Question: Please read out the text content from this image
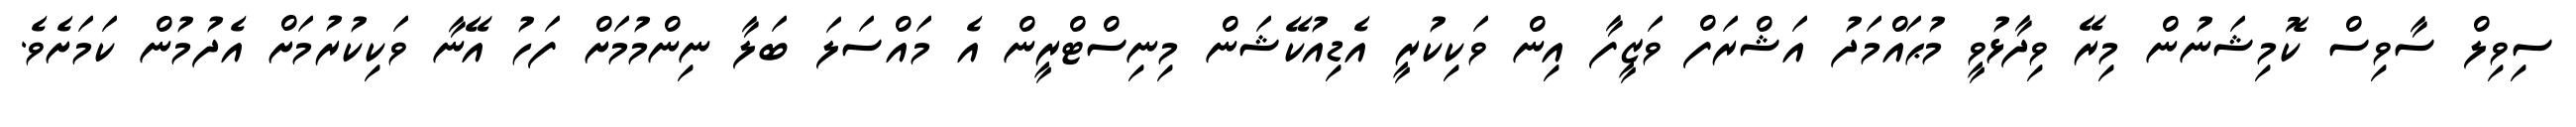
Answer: ސިވިލް ސާވިސް ކޮމިޝަނުން މިރޭ ވިދާޅުވީ މުޙައްމަދު އަޝްރަފް ވަޒީފާ އިން ވަކިކުރީ އެޑިއުކޭޝަން މިނިސްޓްރީން އެ މައްސަލަ ބަލާ ނިންމުމަށް ފަހު އޭނާ ވަކިކުރުމަށް އެދުމުން ކަމަށެވެ.